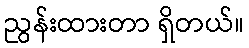
ညွန်းထားတာ ရှိတယ်။